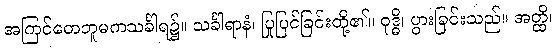
အကြင်တေဘူမကသင်္ခါရ၌။ သင်္ခါရာနံ၊ ပြုပြင်ခြင်းတို့၏။ ဝုဒ္ဓိ၊ ပွားခြင်းသည်။ အတ္ထိ၊